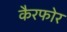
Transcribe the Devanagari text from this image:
कैरफोर